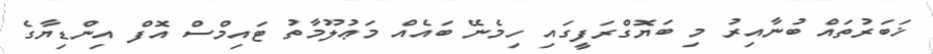
ޚަބަރުތައް ބުނާއިރު މި ބަޔޮގްރަފީގައި ހިމެނޭ ބައެއް މަޢުލޫމާތު ޓައިމްސް އޮފް އިންޑިޔާގެ